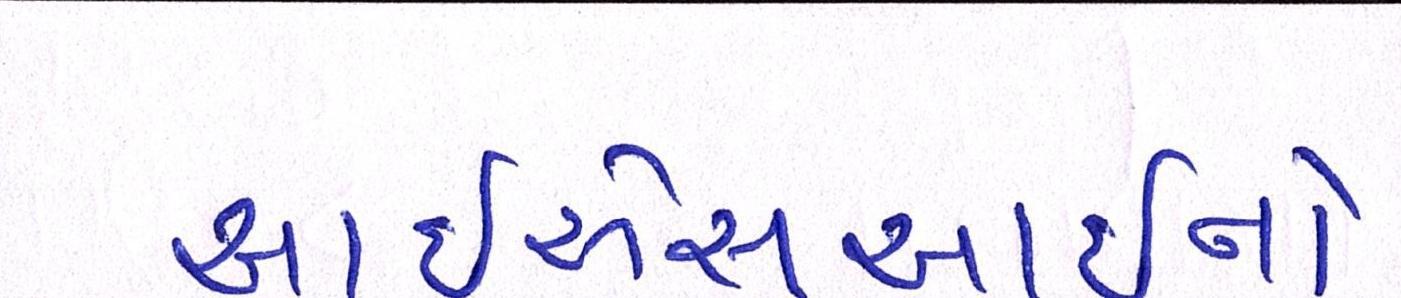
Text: આઇએસઆઇનો